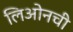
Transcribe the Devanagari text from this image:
लिओनची